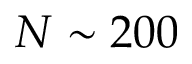
N \sim 2 0 0